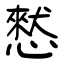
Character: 憖